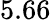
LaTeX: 5.66